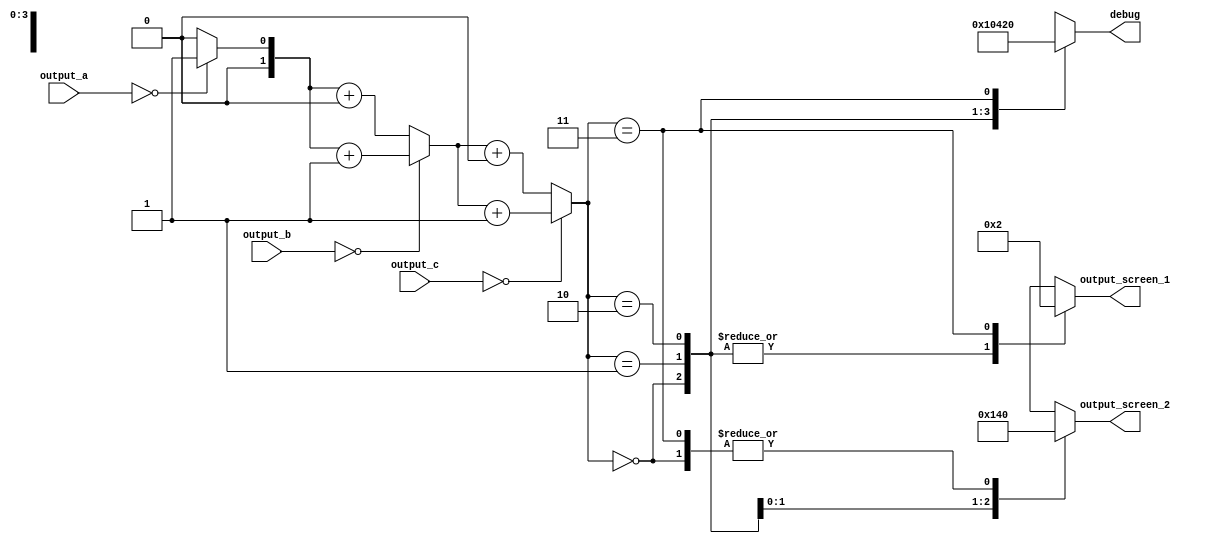
/*
   This file was generated automatically by Alchitry Labs version 1.2.7.
   Do not edit this file directly. Instead edit the original Lucid source.
   This is a temporary file and any changes made to it will be destroyed.
*/

module score_calculation_18 (
    input [15:0] output_a,
    input [15:0] output_b,
    input [15:0] output_c,
    output reg [3:0] output_screen_1,
    output reg [3:0] output_screen_2,
    output reg [7:0] debug
  );
  
  
  
  reg [1:0] seven_count;
  
  always @* begin
    output_screen_1 = 1'h0;
    output_screen_2 = 1'h0;
    seven_count = 1'h0;
    debug = 1'h0;
    if (output_a == 16'h0000) begin
      seven_count = seven_count + 1'h1;
    end else begin
      seven_count = seven_count + 1'h0;
    end
    if (output_b == 16'h0000) begin
      seven_count = seven_count + 1'h1;
    end else begin
      seven_count = seven_count + 1'h0;
    end
    if (output_c == 16'h0000) begin
      seven_count = seven_count + 1'h1;
    end else begin
      seven_count = seven_count + 1'h0;
    end
    
    case (seven_count)
      2'h0: begin
        output_screen_1 = 1'h0;
        output_screen_2 = 1'h0;
        debug = 4'h0;
      end
      2'h1: begin
        output_screen_1 = 1'h0;
        output_screen_2 = 1'h1;
        debug = 4'h1;
      end
      2'h2: begin
        output_screen_1 = 1'h0;
        output_screen_2 = 4'h4;
        debug = 4'h4;
      end
      2'h3: begin
        output_screen_1 = 4'h2;
        output_screen_2 = 1'h0;
        debug = 8'h20;
      end
      default: begin
        output_screen_1 = 1'h0;
        output_screen_2 = 1'h0;
        debug = 4'h0;
      end
    endcase
  end
endmodule